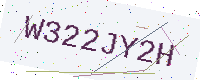
Text: W322JY2H